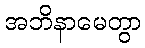
အဘိနာမေတွာ